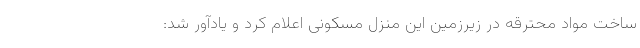
ساخت مواد محترقه در زیرزمین این منزل مسکونی اعلام کرد و یادآور شد: